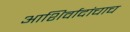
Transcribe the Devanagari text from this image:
आशिर्वादांचाच